Problem: 56 + 84 = ?
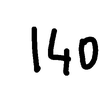
Handwritten answer: 140